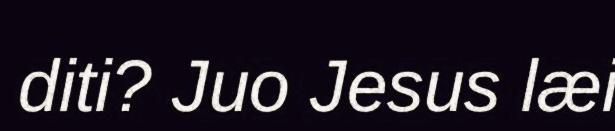
diti? Juo Jesus læi